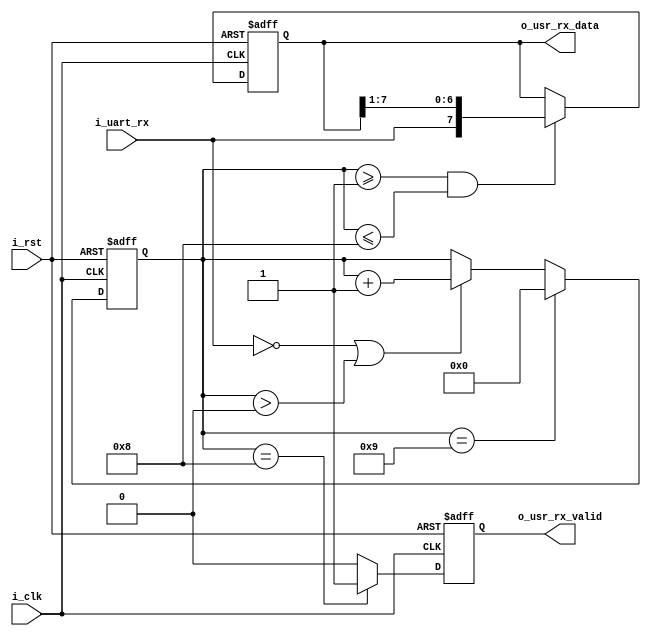
`timescale 1ns / 1ps
//////////////////////////////////////////////////////////////////////////////////
// Company: 
// Engineer: 
// 
// Design Name: 
// Module Name: Uart_Rx
// Project Name: 
// Target Devices: 
// Tool Versions: 
// Description: 
// 
// Dependencies: 
// 
// Revision:
// Revision 0.01 - File Created
// Additional Comments:
// 
//////////////////////////////////////////////////////////////////////////////////


module Uart_Rx#(
    parameter                          P_UART_CLK         =  250_000_000 , //
    parameter                          P_UART_BAUDRATE    =  9600        , //
    parameter                          P_UART_DATA_WIDTH  =  8           , //
    parameter                          P_UART_STOP_WIDTH  =  1           , //  
    parameter                          P_UART_CHECK       =  0             //0:1 2  
)(
    input                              i_clk          ,
    input                              i_rst          ,
    input                              i_uart_rx      ,

    output [P_UART_DATA_WIDTH - 1 : 0] o_usr_rx_data  ,
    output                             o_usr_rx_valid 
    );
/******************************function***************************/

/******************************parameter**************************/

/******************************port*******************************/

/******************************machine****************************/

/******************************reg********************************/
reg [P_UART_DATA_WIDTH - 1 : 0] ro_usr_rx_data  ;
reg                             ro_usr_rx_valid ;
reg [1:0]                       r_uart_rx       ;
reg [15:0]                      r_cnt           ;
reg                             r_rx_check      ;
/******************************wire*******************************/

/******************************component**************************/

/******************************assign*****************************/
assign o_usr_rx_data      =     ro_usr_rx_data  ;
assign o_usr_rx_valid     =     ro_usr_rx_valid ;
/******************************always*****************************/
always @(posedge i_clk or posedge i_rst)begin
    if(i_rst)
        r_uart_rx <= 2'b11;
    else
        r_uart_rx <= {r_uart_rx[0],i_uart_rx};//r_uart_rx[1]
end

always @(posedge i_clk or posedge i_rst)begin
    if(i_rst)
        r_cnt <= 'd0;
    else if(r_cnt == 2 + P_UART_DATA_WIDTH + P_UART_STOP_WIDTH - 2 && P_UART_CHECK == 0)
        r_cnt <= 'd0;
    else if(r_cnt == 2 + P_UART_DATA_WIDTH + P_UART_STOP_WIDTH - 1 && P_UART_CHECK > 0)
        r_cnt <= 'd0;
    else if(i_uart_rx == 0 || r_cnt > 0)
        r_cnt <= r_cnt + 1;
    else
        r_cnt <= r_cnt;
end

always @(posedge i_clk or posedge i_rst)begin
    if(i_rst)
        ro_usr_rx_data <= 'd0;
    else if(r_cnt >= 1 && r_cnt <= P_UART_DATA_WIDTH)
        ro_usr_rx_data <= {i_uart_rx,ro_usr_rx_data[P_UART_DATA_WIDTH-1:1]};//
        // ro_usr_rx_data <= {ro_usr_rx_data[P_UART_DATA_WIDTH-2:0],r_uart_rx[1]};//
    else
        ro_usr_rx_data <= ro_usr_rx_data;
end

always @(posedge i_clk or posedge i_rst)begin
    if(i_rst)
        ro_usr_rx_valid <= 'd0;
    else if(r_cnt == P_UART_DATA_WIDTH && P_UART_CHECK == 0)
        ro_usr_rx_valid <= 1'd1;
    else if(r_cnt == P_UART_DATA_WIDTH + 1 && P_UART_CHECK == 1 && i_uart_rx == ~r_rx_check)
        ro_usr_rx_valid <= 1'd1; 
    else if(r_cnt == P_UART_DATA_WIDTH + 1 && P_UART_CHECK == 2 && i_uart_rx == r_rx_check)
        ro_usr_rx_valid <= 1'd1;
    else
        ro_usr_rx_valid <= 'd0;
end

always @(posedge i_clk or posedge i_rst)begin
    if(i_rst)
        r_rx_check <= 'd0;
    else if(r_cnt >= 1 && r_cnt <= P_UART_DATA_WIDTH)
        r_rx_check <= r_rx_check ^ i_uart_rx;//11
    else
        r_rx_check <= 'd0;
end

endmodule